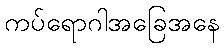
ကပ်ရောဂါအခြေအနေ